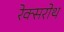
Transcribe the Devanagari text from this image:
रेक्सरोथ